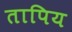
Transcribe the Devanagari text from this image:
तापिय